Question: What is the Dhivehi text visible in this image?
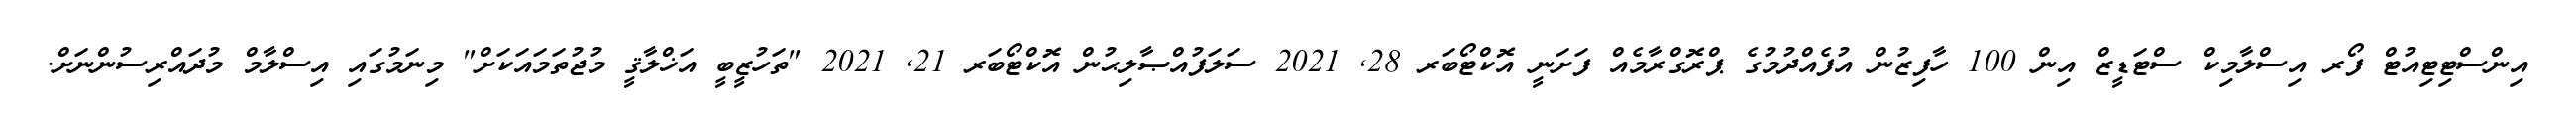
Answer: އިންސްޓިޓިއުޓް ފޯރ އިސްލާމިކް ސްޓަޑީޒް އިން 100 ހާފިޒުން އުފެއްދުމުގެ ޕްރޮގްރާމެއް ފަށަނީ އޮކްޓޯބަރ 28, 2021 ސަލަފުއްޞާލިޙުން އޮކްޓޯބަރ 21, 2021 "ތަހުޒީބީ އަޚްލާޤީ މުޖުތަމައަކަށް" މިނަމުގައި އިސްލާމް މުދައްރިސުންނަށް.